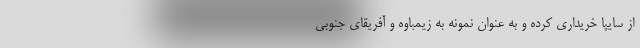
از سایپا خریداری کرده و به عنوان نمونه به زيمباوه و آفریقای جنوبی